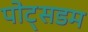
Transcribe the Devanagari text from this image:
पोट्सडम